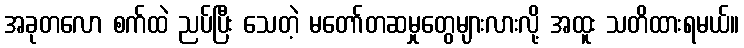
အခုတလော စက်ထဲ ညပ်ပြီး သေတဲ့ မတော်တဆမှုတွေများလားလို့ အထူး သတိထားရမယ်။